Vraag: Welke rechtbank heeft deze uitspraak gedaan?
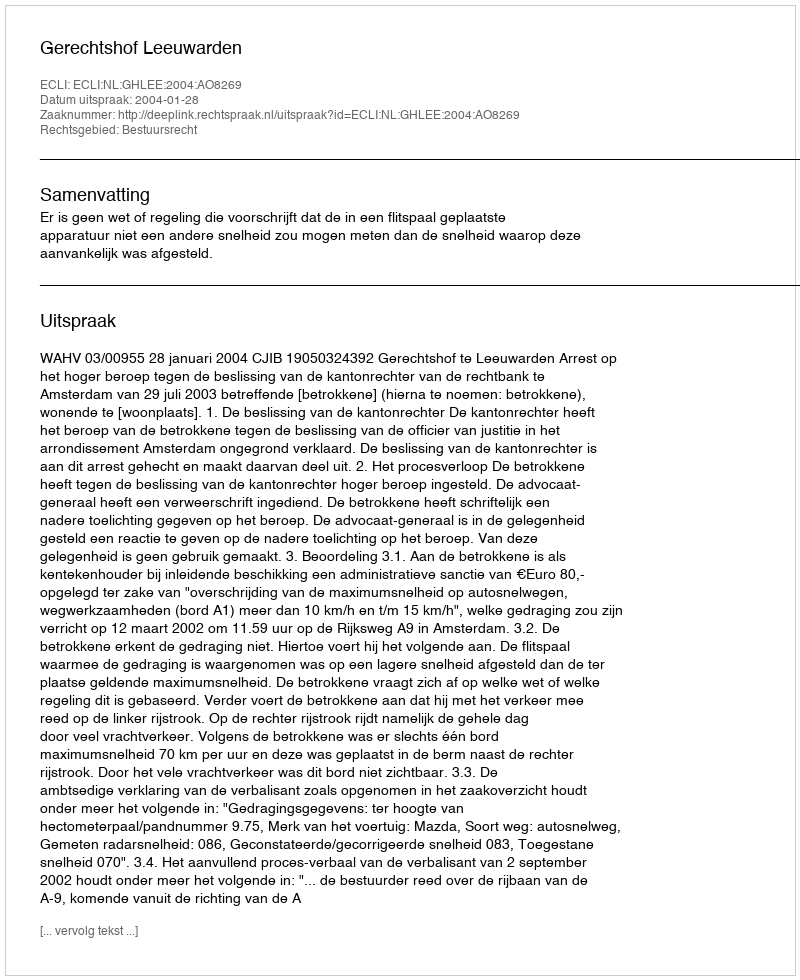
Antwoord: Gerechtshof Leeuwarden